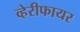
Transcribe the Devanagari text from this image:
व्हेरीफायर